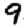
Digit: 9